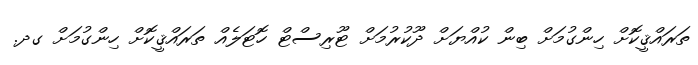
ތަރައްޤީކޮށް ހިންގުމަށް ބިން ކުއްޔަށް ދޫކުރުމަށް ޓޫރިސްޓް ހޮޓަލެއް ތަރައްޤީކޮށް ހިންގުމަށް ގދ.